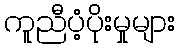
ကူညီပံ့ပိုးမှုများ